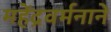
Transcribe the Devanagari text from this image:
महेंद्रवर्मनाने